Bréfritari: Soffía Thorsteinsdóttir
Viðtakandi: Valgerður Finsen
Dagsetning: A-1870-02-09
Skrifað á: Reykjavík  Gull.

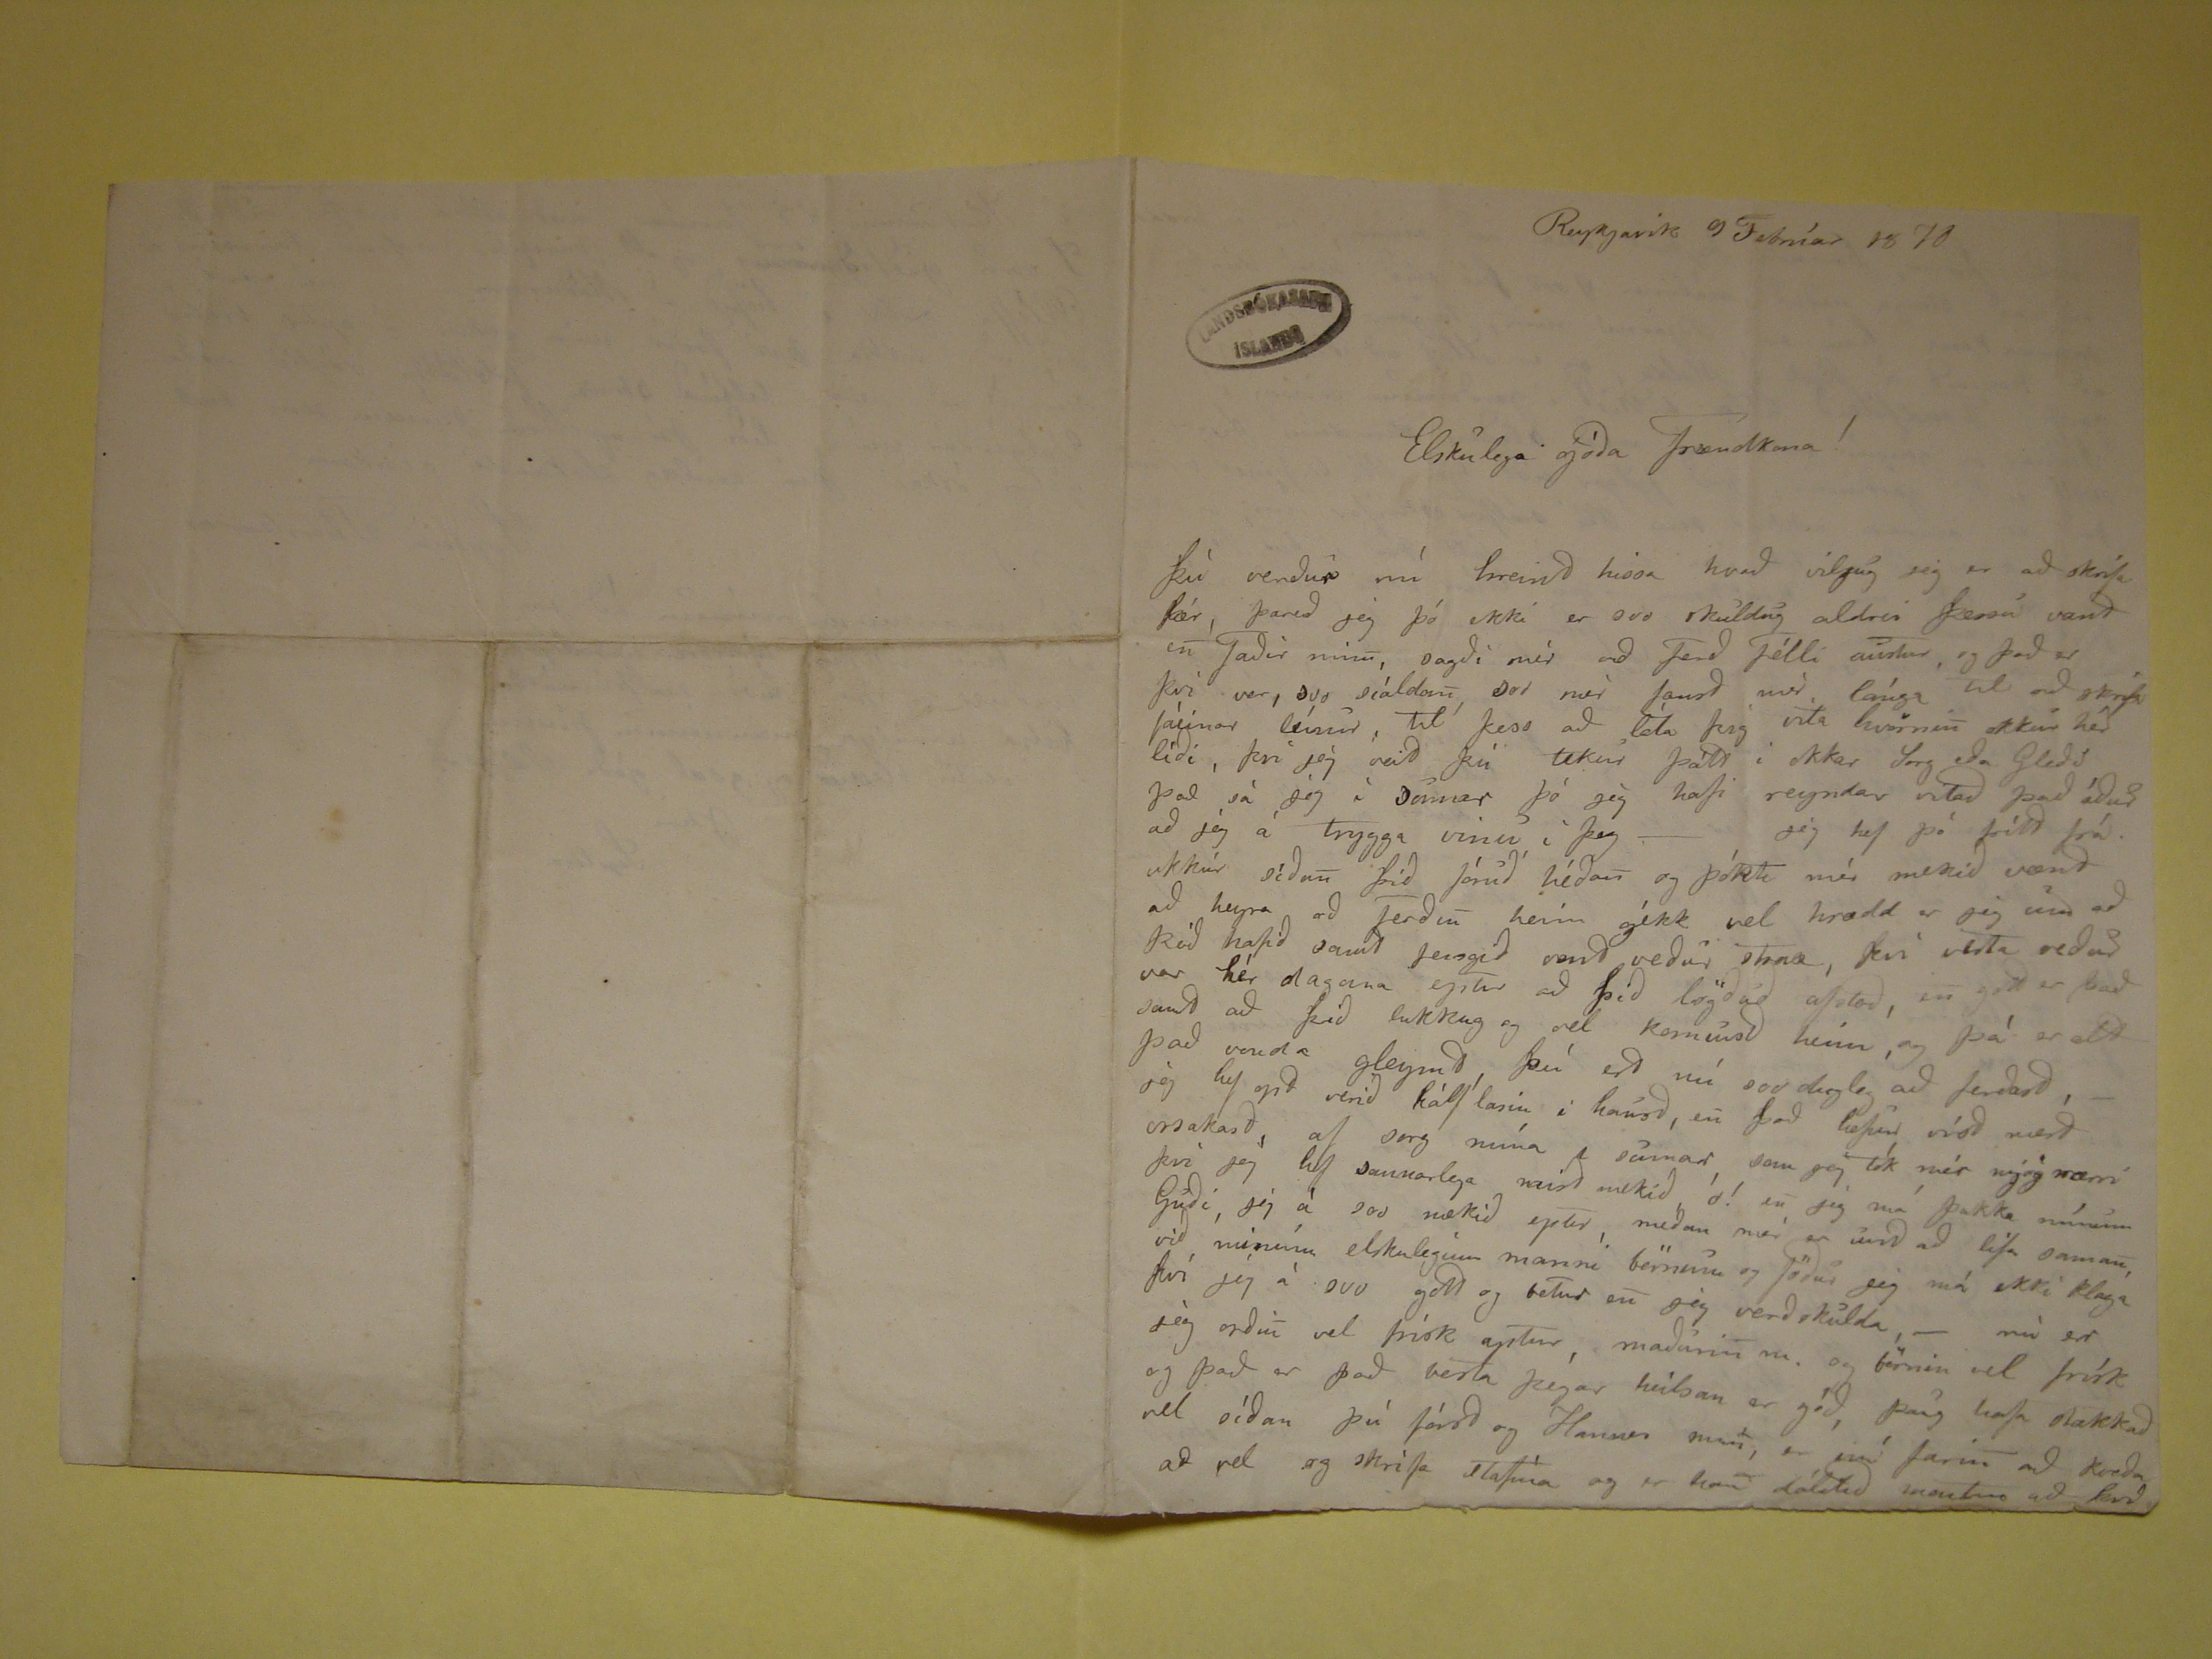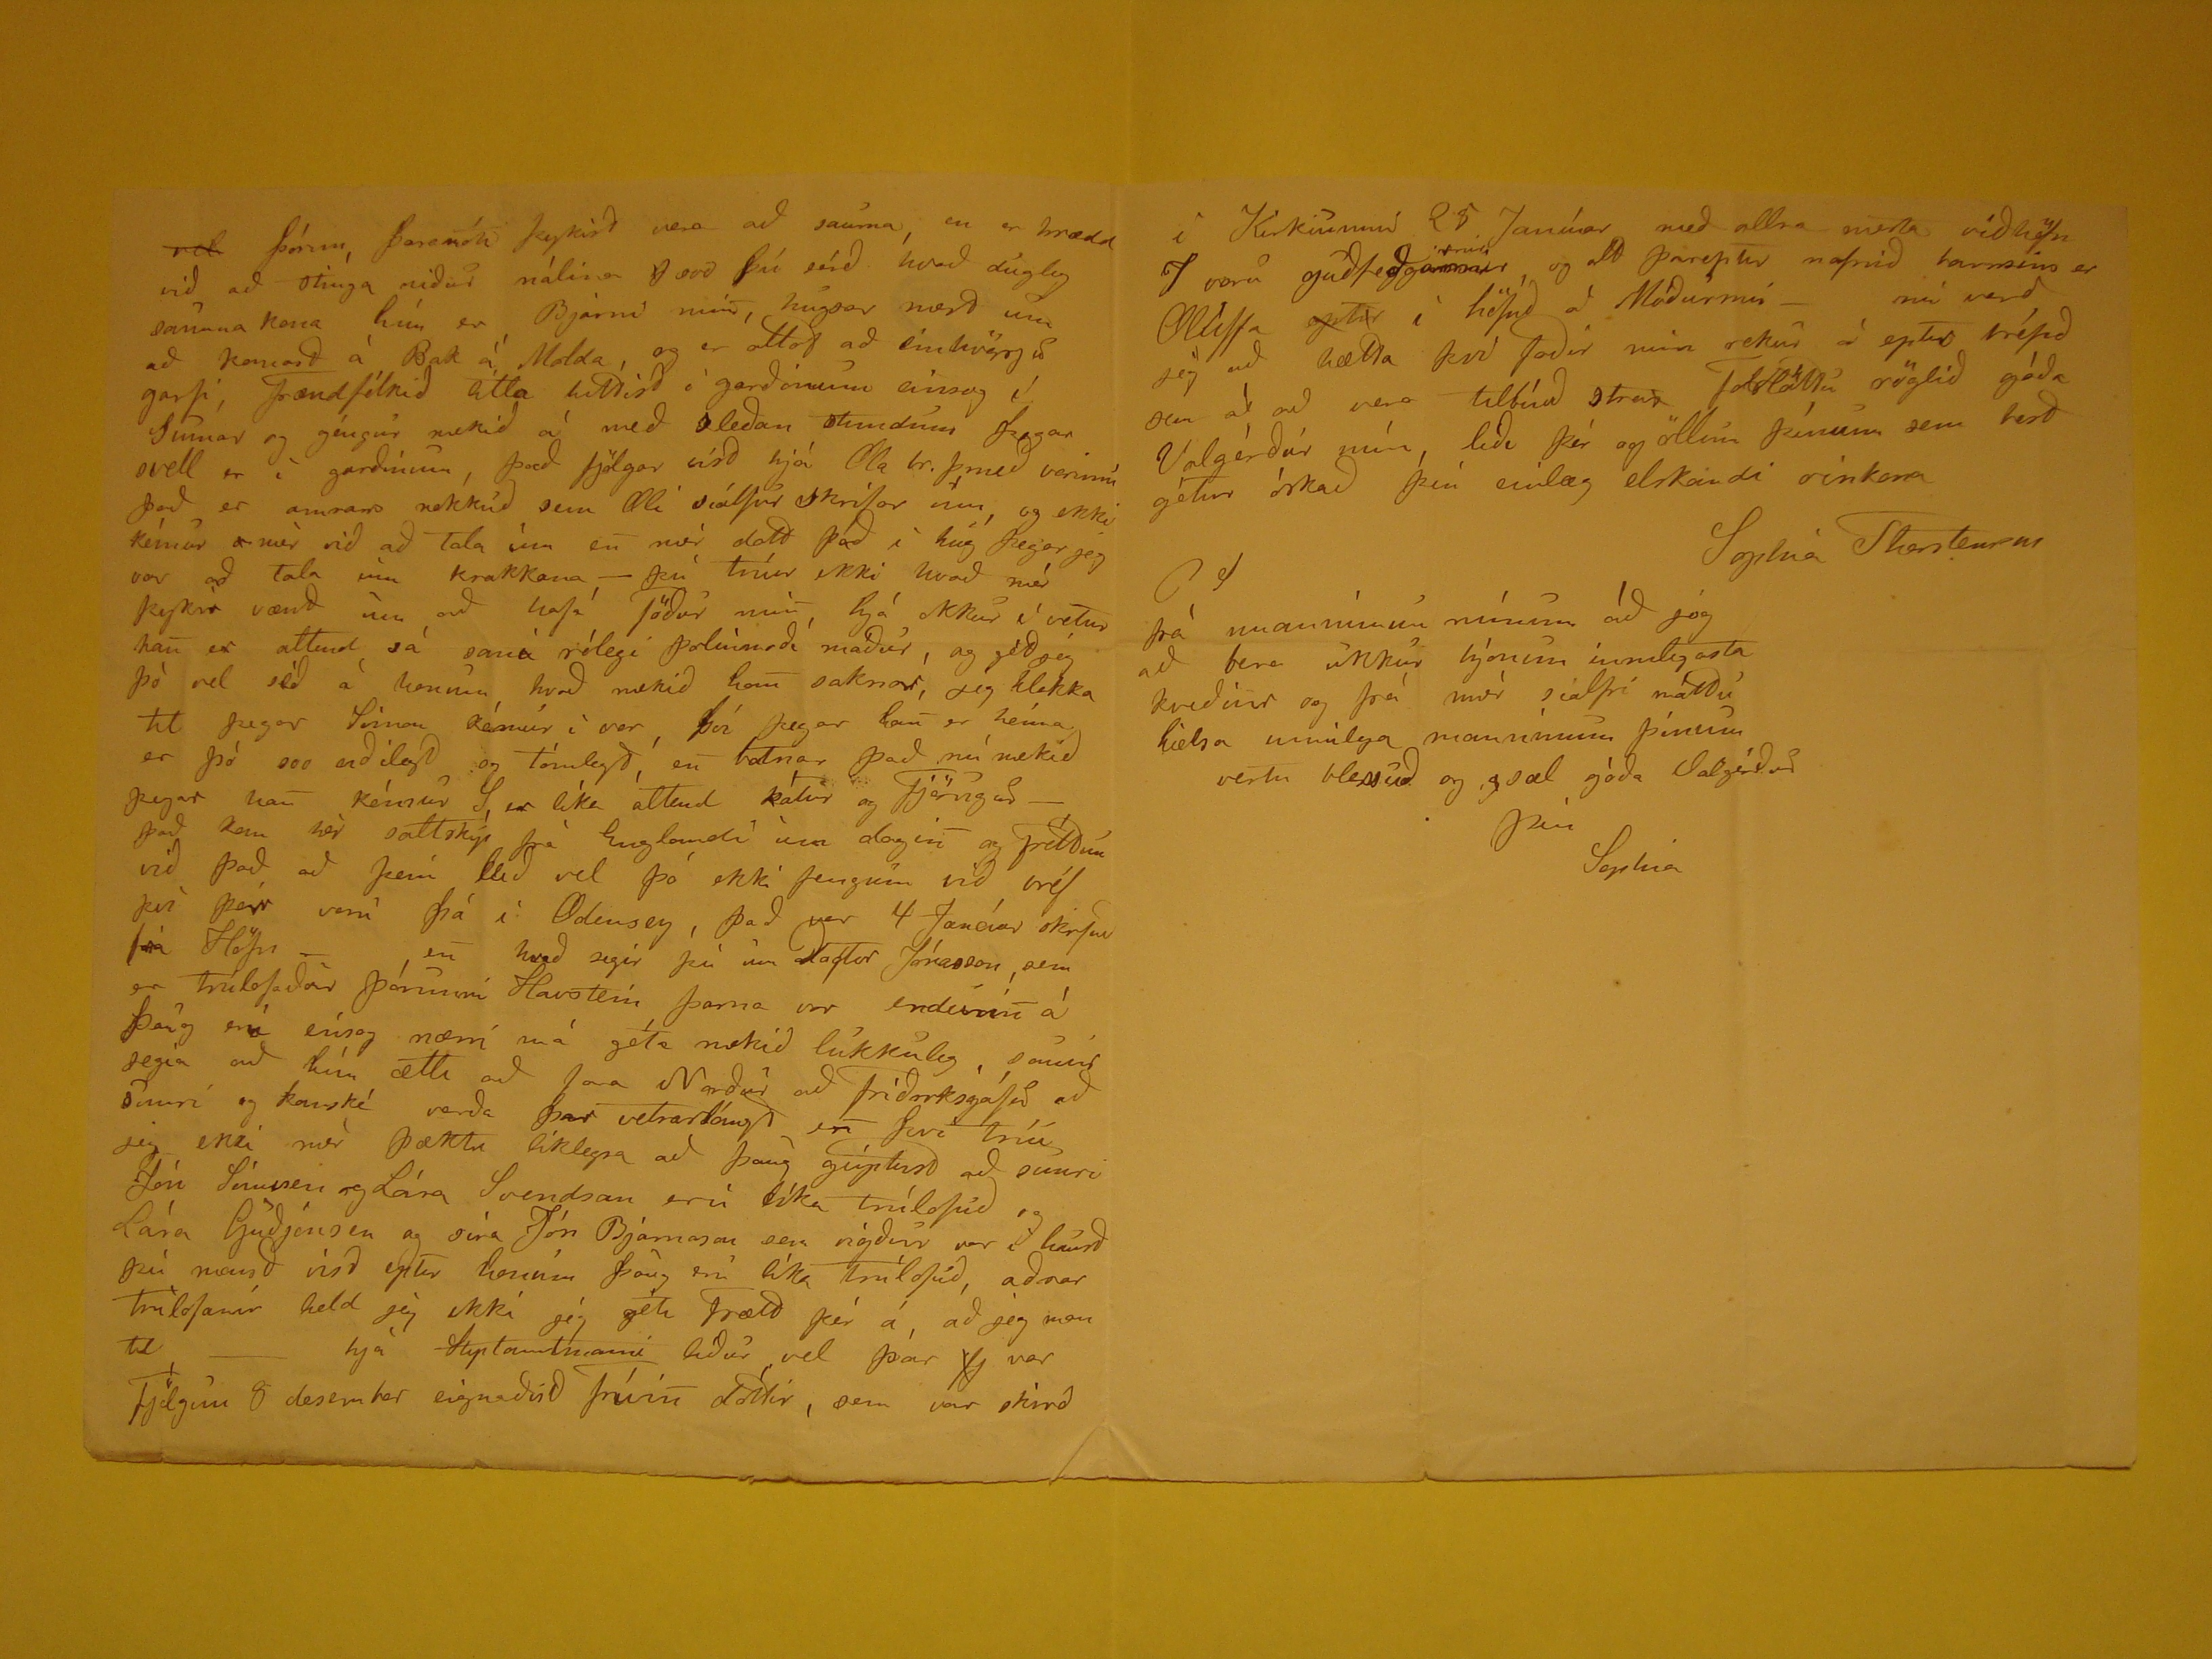

Reykjavík 9 Febrúar 1870
Elskulega góða Frændkona!
Þú verður nú hreind hissa hvað viljug jeg er að skrifa þjer, þareð jeg þó ekki er svo skuldug aldrei þessu vant en Faðir minn, sagði mér að Ferð Félli austur, og
það er því ver, svo síaldom svo nær fanst mér lánga til að skrifa fáeinar línur, til þess að láta þig vita hvörnin okkur hér líði, því jeg veit þú tekur þátt í okkar Sorg
eða Gleði það sá jeg í
Januar
þá jeg hafi reyndar vitað það áður að jeg á ttrygga vinu í þeg - jeg hef þó frétt frá. ukkur síðan
þið fóruð héðan og þókt mér mekið vænt að heyra að Ferðin heim gékk vel hrædd er jeg um að þið hafið samt feingið vont veður
strax
,
því vesta veður var hér dagana eptir að þið lögðuð afstað, en gott er það samt að þið lukkug og vel komust heim, og þá er alt jeg hef opt verið hálf lasin i haust,
en það hefur víst verið orsakað, af sorg mína i sumar sem jeg tók mer mjög nærri því jeg hef sannarlega
verið
mekið
ó!
en jeg má þakka mínum Guði, jeg á svo mekið eptir, meðan mér er
unt
að lifa saman, við minúm elskulegum manni börnum og föður jeg má ekki
klaga því jeg á svo gott og betur en jeg verðskulda,- nú er jeg orðin vel frísk aptur, maðurin m. og börnin vel frísk og það er það besta þegar heilsan er góð, þaug
hafa stækkað vel síðan þú fórst og Hannes mest, er
við
farin að kveða að vel og skrifa stafina og er
hant
dálitið
montinn að
það
vel
Þórun, þaramóti þykist vera að sauma, en er hrædd við að stinga niður nálina
?
svo þú
sérð hvað dugleg sauma kona hún er Bjarni
meint
, hugsar mest um að komast á Bak á Molda, og er altaf að einhvörj eð garfi, Frændfólkið
litla
hittist í garðinum einsog í Sumar og géngur mekið á með sleðan stundum þegar svell er í gardinum, það fjölgar
úrd
hjá
Ma lr. þmeð
vorum það er annar nokkúð sem Elli síalfur skrifar um, og ekki kémur
r
mér
við að tala um ein mér datt það í hug þegar jeg var að tala um krakkana - þú trúir ekki hvað mér þykir vænt um að hafa föður min, hjá okkur í vetur han er attend
sá sami rólegi þolinmóði maður, og gét jeg þó vel séð á honum hvað mekið han saknar, jeg hlakka til þegarSímon kémur í vor, því þegar han er heima er þó svo
uðlegt og tómlegt en batnar það nú meikið þegar han kémur S, er líka atkud kátur og Fjöruguð - það sem hér sattskýr frá huglandi um dagin og Fréttum við það
að þeim leið vel þó ekki fengum við bréf því þeir voru þá í Odensey, það ver 4 Janúar skrfuð frá Höfn - en hvað segir þú um
Olafur/Loftur
Jónasson sem er trúlofaður Þórunni Havstein þarna var endirinn á þaug enn einsog nærri má géta mekið lukkuleg, sonur segir að hún ætti að faa Norður að
Friðrrksgáfið
að sumri og kanské verða þar vetrarlángt en því trúi jeg ekki með þækti líklegra að þaug giptust að sumri Jón Símssen og Lára
Svendson eru líka trúlofuð og Lára Guðjonsen og séra Jón Bjarnason sem
vígdur
var í haust þú manst víst eptir honum þaug eru líka trúlöfuð,
aðrar trúlofanir held jeg ekki jeg géti Frætt þér á, að jeg man til - hjá
Aptamtmanni
líður vel þar
fj var Fjölgun 8 desember eignaðist Frúin dóttir, sem var skírð
í Kirkunni 25 Janúar með allra mesta viðhöfn 7 voru guðfeðga
???
rnir
, og att þareptir nafnið barnsins er Olleffa
eptir
í höfuð á Móðurinni - nú verð
jeg að hætta því faðir minn rekur á eptir bréfið sem á að vera tilbúið strax
Folstáttu
röglið góða Valgerður mín líði þér og öllum þínum
sem best gétur óskað þín einlæg elskandi vinkona
Sophia Thorstensen
Cf
frá manninum mínum að jeg að bera ukkur hjónum innilegasta kveðiur og frá mér sialfri máttu heilsa innilega manninum þínum vertu blessuð og sæl góða
Valgerður
þín
Sophia